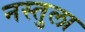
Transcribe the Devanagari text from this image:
नस्तुला